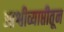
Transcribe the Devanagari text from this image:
आश्वीव्याप्तीतून